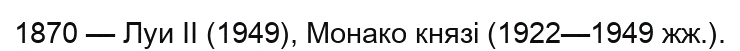
1870 — Луи II (1949), Монако князі (1922—1949 жж.).